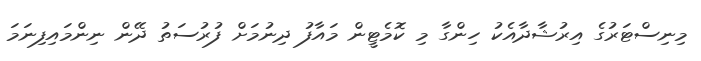
މިނިސްޓަރުގެ އިރުޝާދާއެކު ހިންގާ މި ކޮމެޓީން މައާފު ދިނުމަށް ފުރުސަތު ދޭން ނިންމައިފިނަމަ